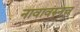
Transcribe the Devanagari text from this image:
नावावरुनच